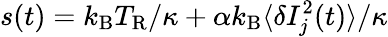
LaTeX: s(t)=k_{\mathrm{B}}T_{\mathrm{R}}/\kappa+\alpha k_{\mathrm{B}}\langle\delta I_{j}^{2}(t)\rangle/\kappa